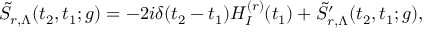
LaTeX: \tilde { S } _ { r , \Lambda } ( t _ { 2 } , t _ { 1 } ; g ) = - 2 i \delta ( t _ { 2 } - t _ { 1 } ) H _ { I } ^ { ( r ) } ( t _ { 1 } ) + \tilde { S } _ { r , \Lambda } ^ { \prime } ( t _ { 2 } , t _ { 1 } ; g ) ,